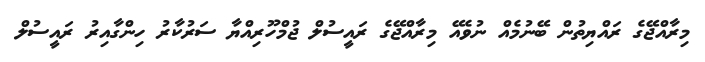
މިރާއްޖޭގެ ރައްޔިތުން ބޭނުމެއް ނުވެއޭ މިރާއްޖޭގެ ރައީސުލް ޖުމްހޫރިއްޔާ ސަރުކާރު ހިންގާއިރު ރައީސުލް